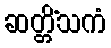
ဆတ္တိံသကံ